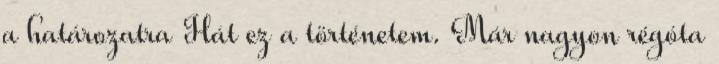
a határozatra Hát ez a történetem. Már nagyon régóta